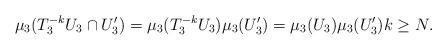
LaTeX: \begin{align*}\mu_3(T_3^{-k} U_3 \cap U_3') = \mu_3(T_3^{-k} U_3) \mu_3(U_3') = \mu_3(U_3) \mu_3(U_3') k \geq N.\end{align*}